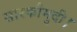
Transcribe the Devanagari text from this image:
सारकौमुदी।